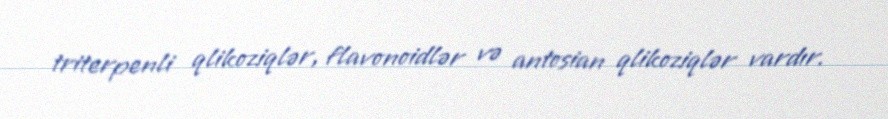
triterpenli qlikoziqlər, flavonoidlər və antosian qlikoziqlər vardır.